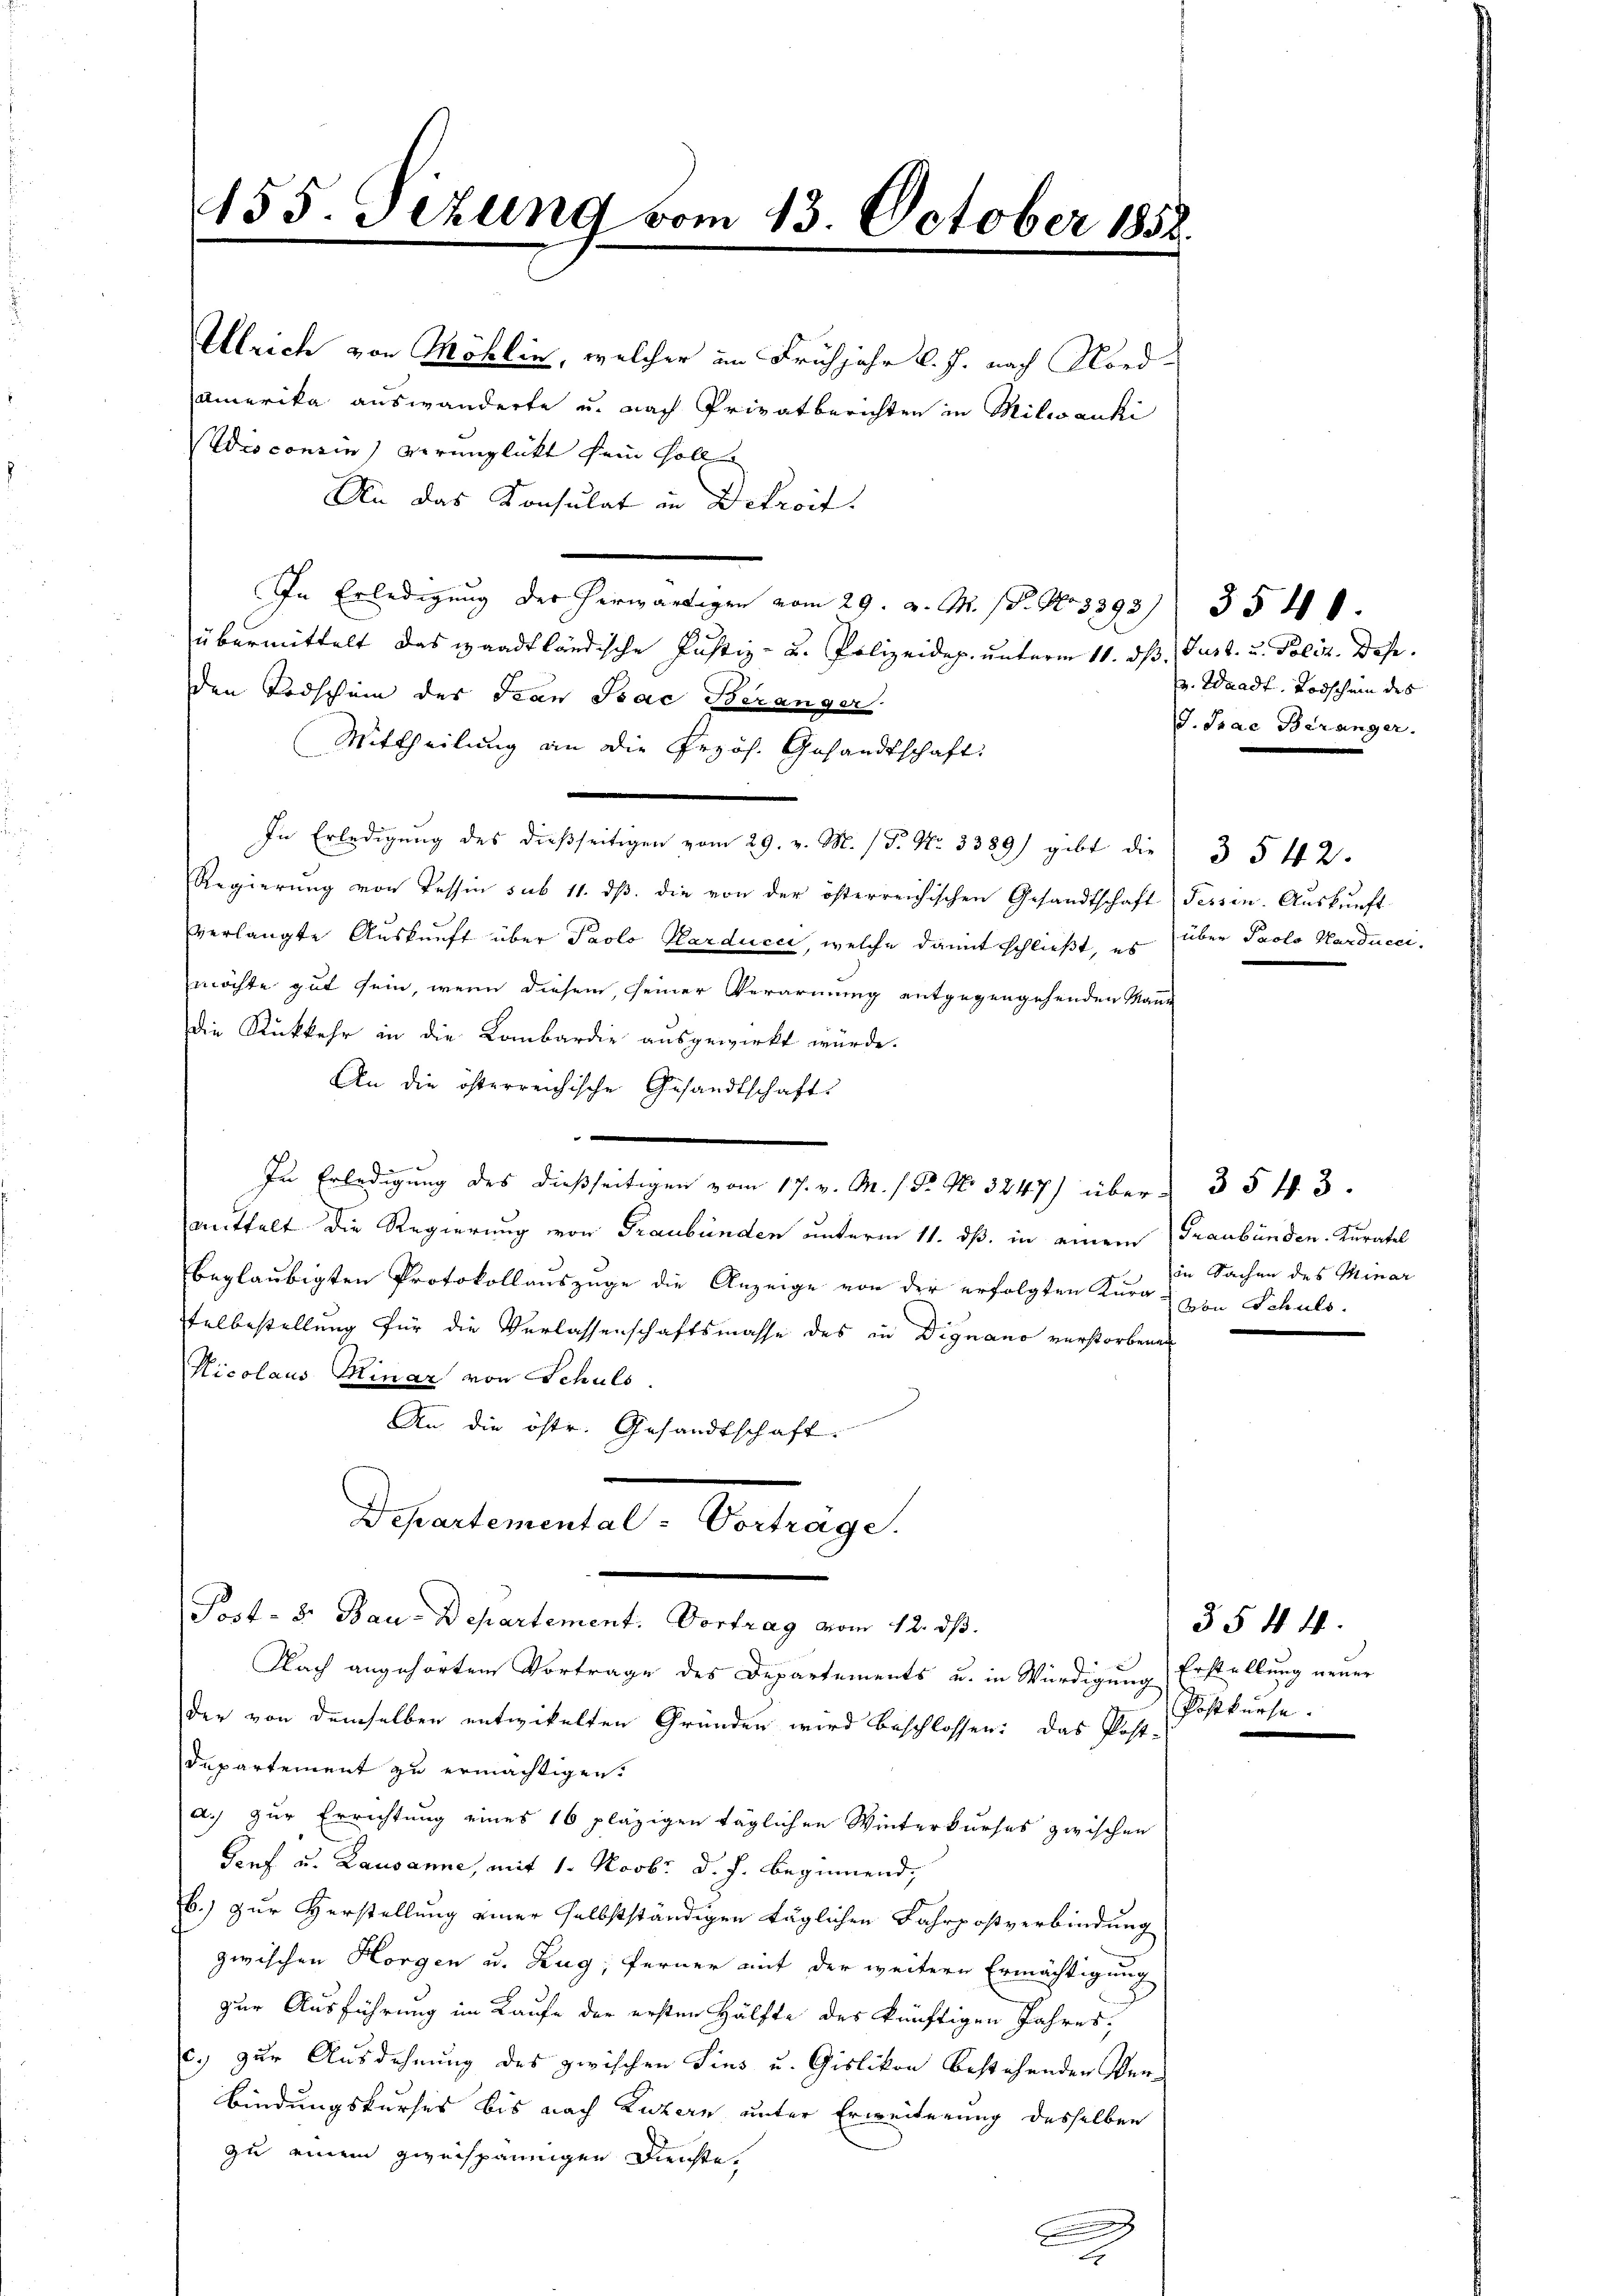
Ullrich von Möhlin, welcher im Frühjahr l. J. nach Nord¬
Amerika auswanderte u. nach Privatberichten in Milwanki
Vdis consin) verunglückt sein soll
An das Konsulat in Dekroit.
In Erledigung der herwärtigen vom 29. v. M. (T. No 3393/ 35 40
übermittelt das waadtländische Justiz- u. Polizeidep. unterm 11. dß. Just u. Poliz. Dese
den Todschein des Jean Pac Beranger.
Mittheilung an die Przös. Gesandtschaft:
In Erledigung des dießseitigen vom 29. v. M. (T. No. 3389) gibt die
Regierŭng von Tessin sub 11. dβ. die von der österreichischen Gesandtschaft Fessen. Aŭskŭnft
verlangte Auskunft über Paolo Harducci, welche damit schließt, es über Paolo Harducci-
möchte gut sein, wenn diesem, seiner Verarmung entgegengehenden Manne
die Rückkehr in die Lombardie ausgewirkt würde.
An die österreichische Gesandtschaft

 Erledigŭng des über 353.
mittalt die Regierung von Graubünden unterm 11. dß. in einem Graubünden. Kuratel
beglaubigten Protokollauszuge die Anzeige von der erfolgten Kurg - von Schuls.
felbestellung für die Verlassenschaftsmasse des in Dignano verstorbenen
Nicolaus Minar von Schuls.
An die östr. Gesandtschaft.
Departemental, Betrage
Post- 3. Bau-Departement. Vortrag vom 12. ds.
Nach angehörten Vortrage des Departements u. in Würdigung Erstellung neuer
der von demselben entwickelten Gründen wird beschlossen: das Post-
Departement zu ermächtigen.
a.) zur Errichtung eines 16 pläzigen täglichen Winterkurses zwischen
Genf u. Lausanne, mit 1. Novbr. d. J. beginnend,
b.) zur Herstellung einer selbstständigen täglichen Fahrpostverbindung
zwischen Horgen u. Zug, ferner mit der weitere Ermächtigung
zur Ausführung im Kaufe der ersten Hälfte des künftigen Jahres,
c.) zur Ausdehnung des zwischen Sins u. Gislikon bestehenden Verbindungskurses bis nach Luzern unter Erweiterung desselben
zu einem zweispännigen Dienste.
x

155. Tizung vom 13. October 1858.

.

v. Waadt, Todschein des
J. Prae Beranger.

3542.

in Sachen des Minar

35 n 1.
Postkurse.